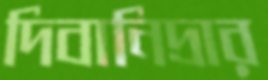
দিবানিদ্রার